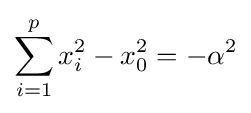
\sum _{i=1}^{p}x_{i}^{2}-x_{0}^{2}=-\alpha ^{2}